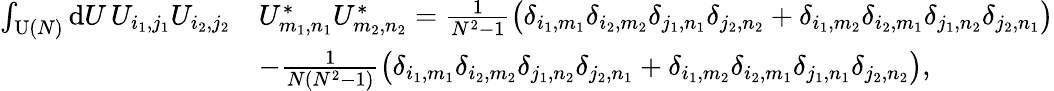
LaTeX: \begin{array}{rl}{\int_{\operatorname{U}(N)}\mathrm{d}U\, U_{i_{1},j_{1}}U_{i_{2},j_{2}}}&{U_{m_{1},n_{1}}^{*}U_{m_{2},n_{2}}^{*}=\frac{1}{N^{2}-1}\big(\delta_{i_{1},m_{1}}\delta_{i_{2},m_{2}}\delta_{j_{1},n_{1}}\delta_{j_{2},n_{2}}+\delta_{i_{1},m_{2}}\delta_{i_{2},m_{1}}\delta_{j_{1},n_{2}}\delta_{j_{2},n_{1}}\big)}\\ &{-\frac{1}{N(N^{2}-1)}\big(\delta_{i_{1},m_{1}}\delta_{i_{2},m_{2}}\delta_{j_{1},n_{2}}\delta_{j_{2},n_{1}}+\delta_{i_{1},m_{2}}\delta_{i_{2},m_{1}}\delta_{j_{1},n_{1}}\delta_{j_{2},n_{2}}\big),}\end{array}